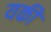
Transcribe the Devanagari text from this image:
यकीं